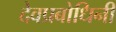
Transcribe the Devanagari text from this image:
देवप्रबोधिनी